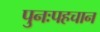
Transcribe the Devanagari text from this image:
पुनःपहचान